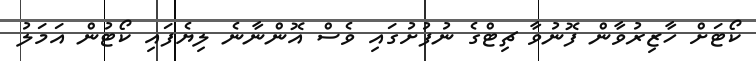
ކޯޓަށް ހާޒިރުވާން ފޮނުވާ ޗިޓްގެ ނުފުށުގައި ވެސް އޮންނާނެ ލިޔެފައި ކޯޓުން އަމަލު